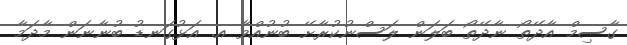
ގާސިމް އާދޭތޯ ނާދޭތޯ ބަލަން ލަސްނުކުރާށޭ ބުނުއްވާ އ. އަޅުގަނޑު ބުނާނަން މާދަމާ